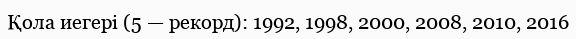
Қола иегері (5 — рекорд): 1992, 1998, 2000, 2008, 2010, 2016